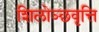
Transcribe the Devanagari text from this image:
शिलोञ्छवृत्ति